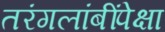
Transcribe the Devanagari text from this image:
तरंगलांबींपेक्षा